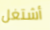
أشتغل